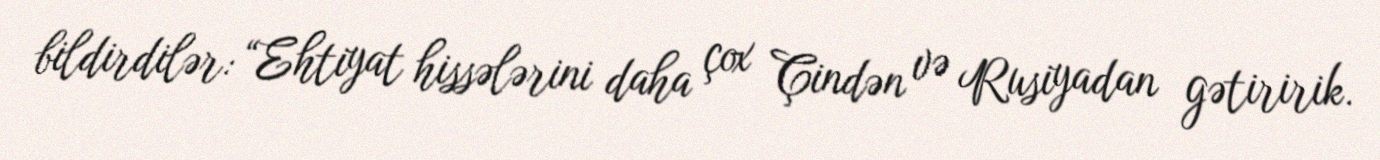
bildirdilər: “Ehtiyat hissələrini daha çox Çindən və Rusiyadan gətiririk.